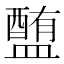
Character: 𥂹